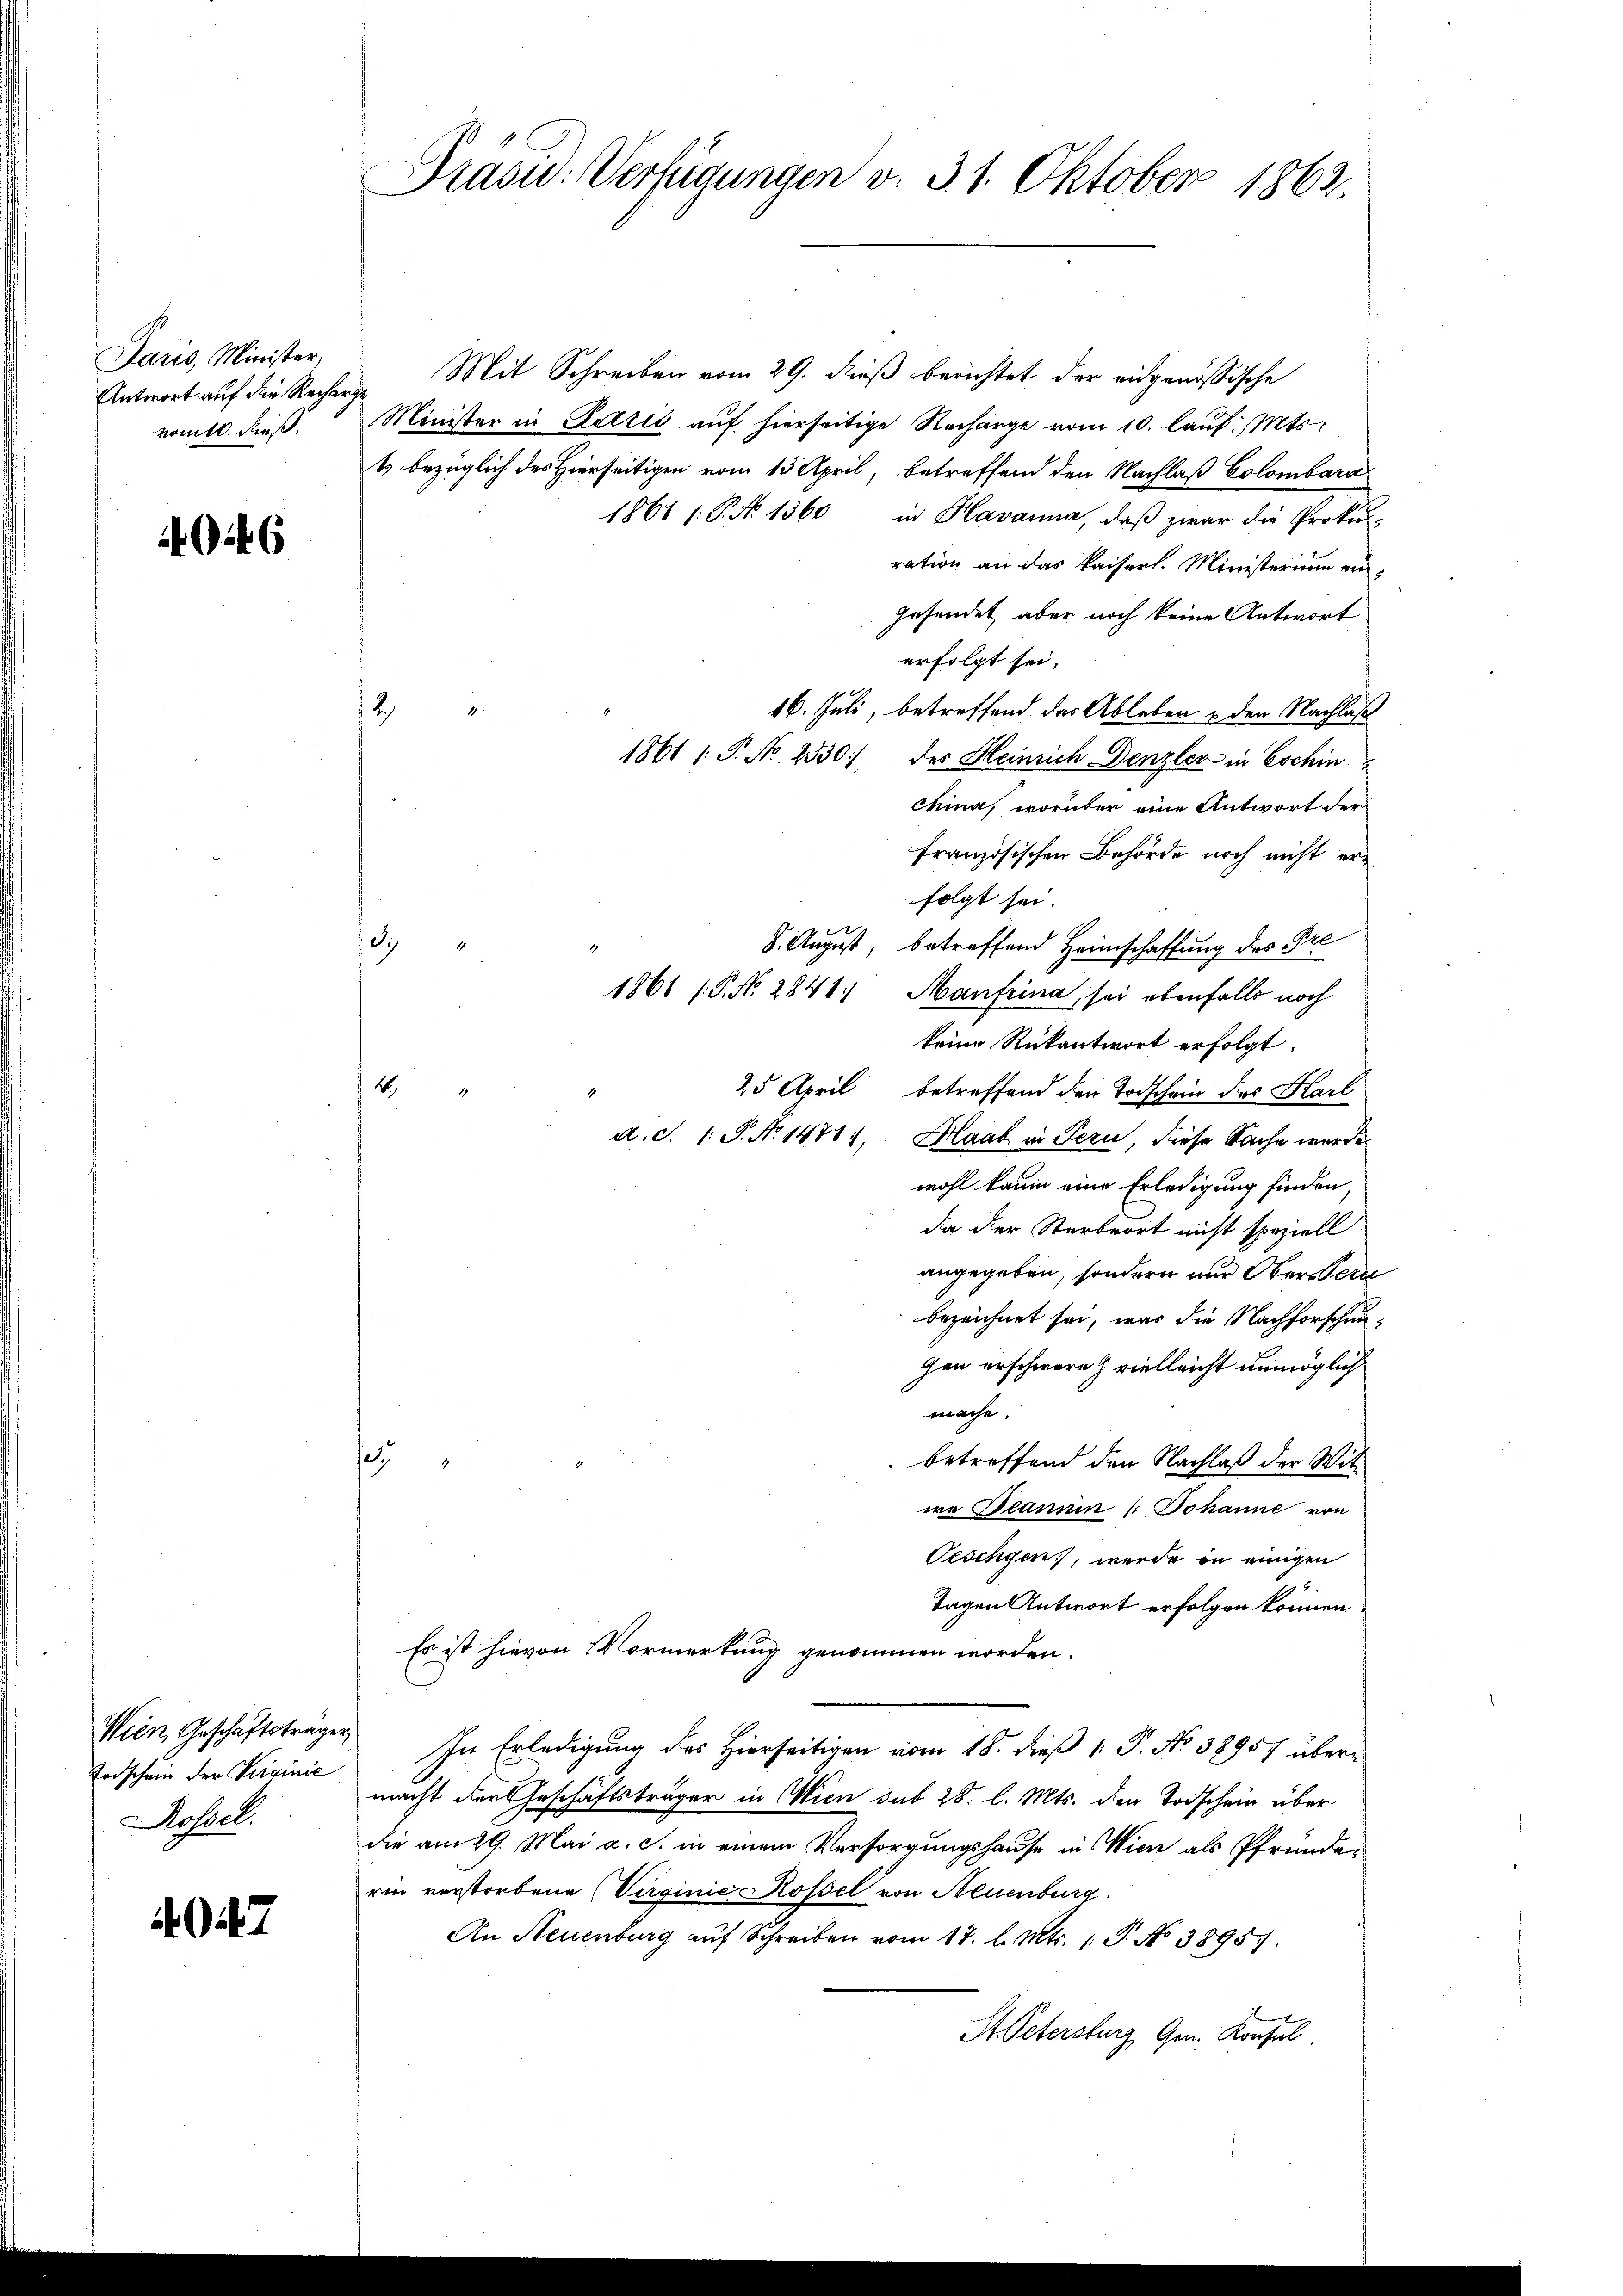
Paris, Minister.

4046

Wien, Geschäftsträger
Todschein der Verginie
Rossel.

7

Präsid. Verfügungen v. 31. Oktober 1862.

Antwort auf die Rechenge Mit Schreiben vom 29. dieß berichtet der eidgenössische
romtl. dieß. Minister in Fettis auf hierseitige Recharge vom 10. laŭf. Mts.
t bezüglich des Hierseitigen vom 13. April, betreffend den Nachlaß Colombara
1861 1. P. No 1360 in Havanna, daß zwar die Proku-
ration an das Kaiserl. Ministerium eingesendet aber noch keine Antwort
erfolgt sei.
16. Juli, betreffend das Ableben & den Nachlaß
1861 : P. No. 2330), des Heinrich Denzler in Eschin
china, worüber eine Antwort der
französischen Behörde noch nicht erfolgt sei.
187
8. August, betreffend Heimschaffung des Pre
2
1861 /: P. N. 2841. Manfrina, sei ebenfalls noch
keine Rükantwort erfolgt.
4
25 April betreffend den Todschein des Karl
r
d. d. 1. P. No 1471, Haab in Tern, diese Sache wurde
wohl kaum eine Erledigung finden,
da der Sterbeort nicht speziell
angegeben, sondern nur Oberstern
bezeichnet sei, was die Nachforschungen erschwere vielleicht unmöglich
mache.
e
betreffend den Nachlaß der Witwa Deanuin /: Johanne von
Oeschgen, werde in einigen
Tagen Antwort erfolgen können
Es ist hievon Vormerkung genommen worden.
In Erledigung des Hierseitigen vom 18. dieß 1: P. No 38957 übermacht der Geschäftsträger in Wien sub 28. l. Mts. den Todschein über
die am 29. Mai a. c. in einem Versorgungshause ins Wien als Pfründerin verstorbene Virginie Rossel von Neuenburg.
An Neuenburg auf Schreiben vom 17. l. Mts. 1. P. No 38957.
St. Petersburg Gen. Konsul